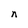
Character: n